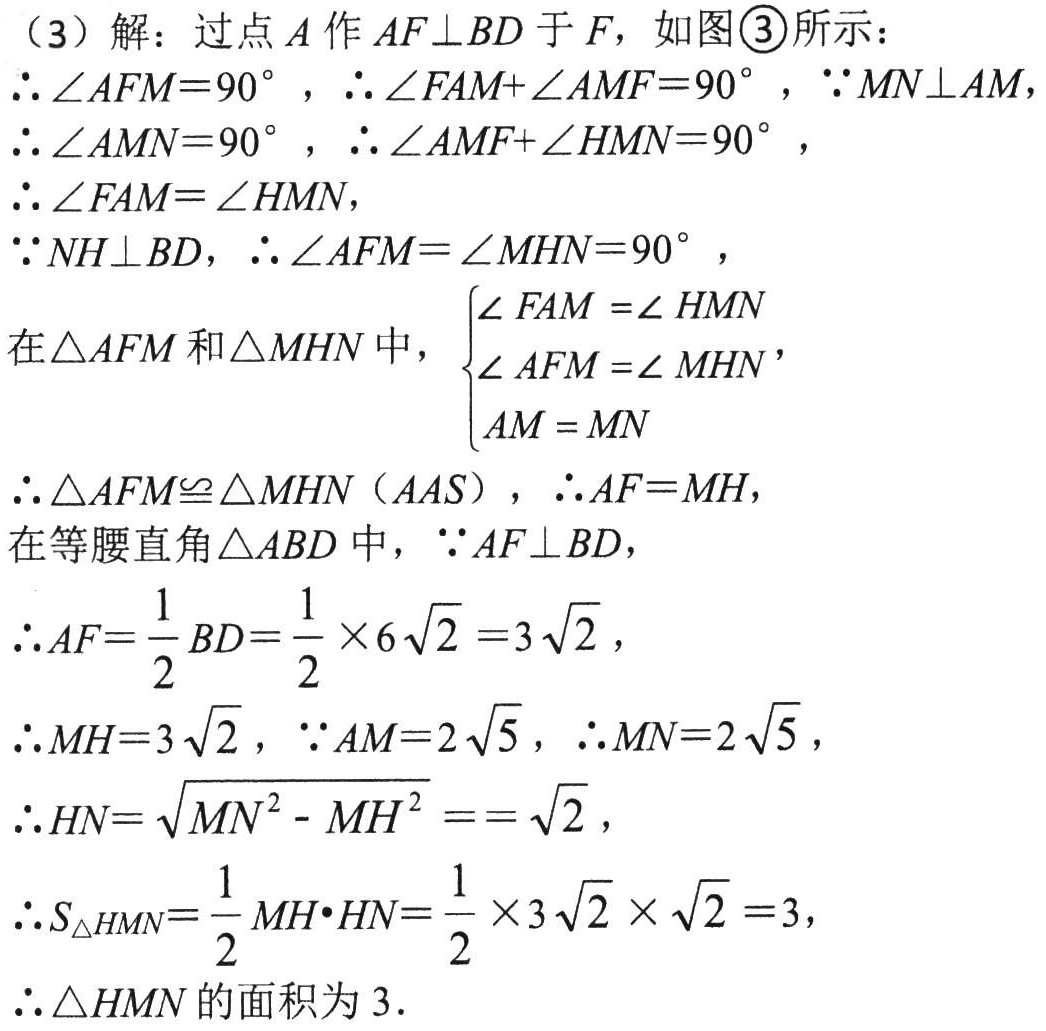
（3）解：过点\(A\)作\(AF\perp BD\)于\(F\)，如图\textcircled{3}所示：
\(\therefore\angle AFM = 90^{\circ}\)，\(\therefore\angle FAM+\angle AMF = 90^{\circ}\)，\(\because MN\perp AM\)
\(\therefore\angle AMN = 90^{\circ}\)，\(\therefore\angle AMF+\angle HMN = 90^{\circ}\)，
\(\therefore\angle FAM=\angle HMN\)，
\(\because NH\perp BD\)，\(\therefore\angle AFM=\angle MHN = 90^{\circ}\)，
在\(\triangle AFM\)和\(\triangle MHN\)中，\(\begin{cases}
\angle FAM=\angle HMN\\
\angle AFM=\angle MHN\\
AM = MN
\end{cases}\)，
\(\therefore\triangle AFM\cong\triangle MHN(AAS)\)，\(\therefore AF = MH\)，
在等腰直角\(\triangle ABD\)中，\(\because AF\perp BD\)，
\(\therefore AF=\dfrac{1}{2}BD=\dfrac{1}{2}\times6\sqrt{2}=3\sqrt{2}\)，
\(\therefore MH = 3\sqrt{2}\)，\(\because AM = 2\sqrt{5}\)，\(\therefore MN = 2\sqrt{5}\)，
\(\therefore HN=\sqrt{MN^{2}-MH^{2}}==\sqrt{2}\)，
\(\therefore S_{\triangle HMN}=\dfrac{1}{2}MH\cdot HN=\dfrac{1}{2}\times3\sqrt{2}\times\sqrt{2}=3\)，
\(\therefore\triangle HMN\)的面积为\(3\)．